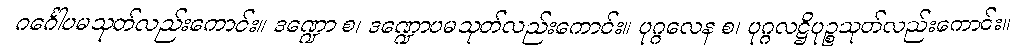
ဂင်္ဂေါပမသုတ်လည်းကောင်း။ ဒဏ္ဍော စ၊ ဒဏ္ဍောပမသုတ်လည်းကောင်း။ ပုဂ္ဂလေန စ၊ ပုဂ္ဂလဋ္ဌိပုဉ္စသုတ်လည်းကောင်း။